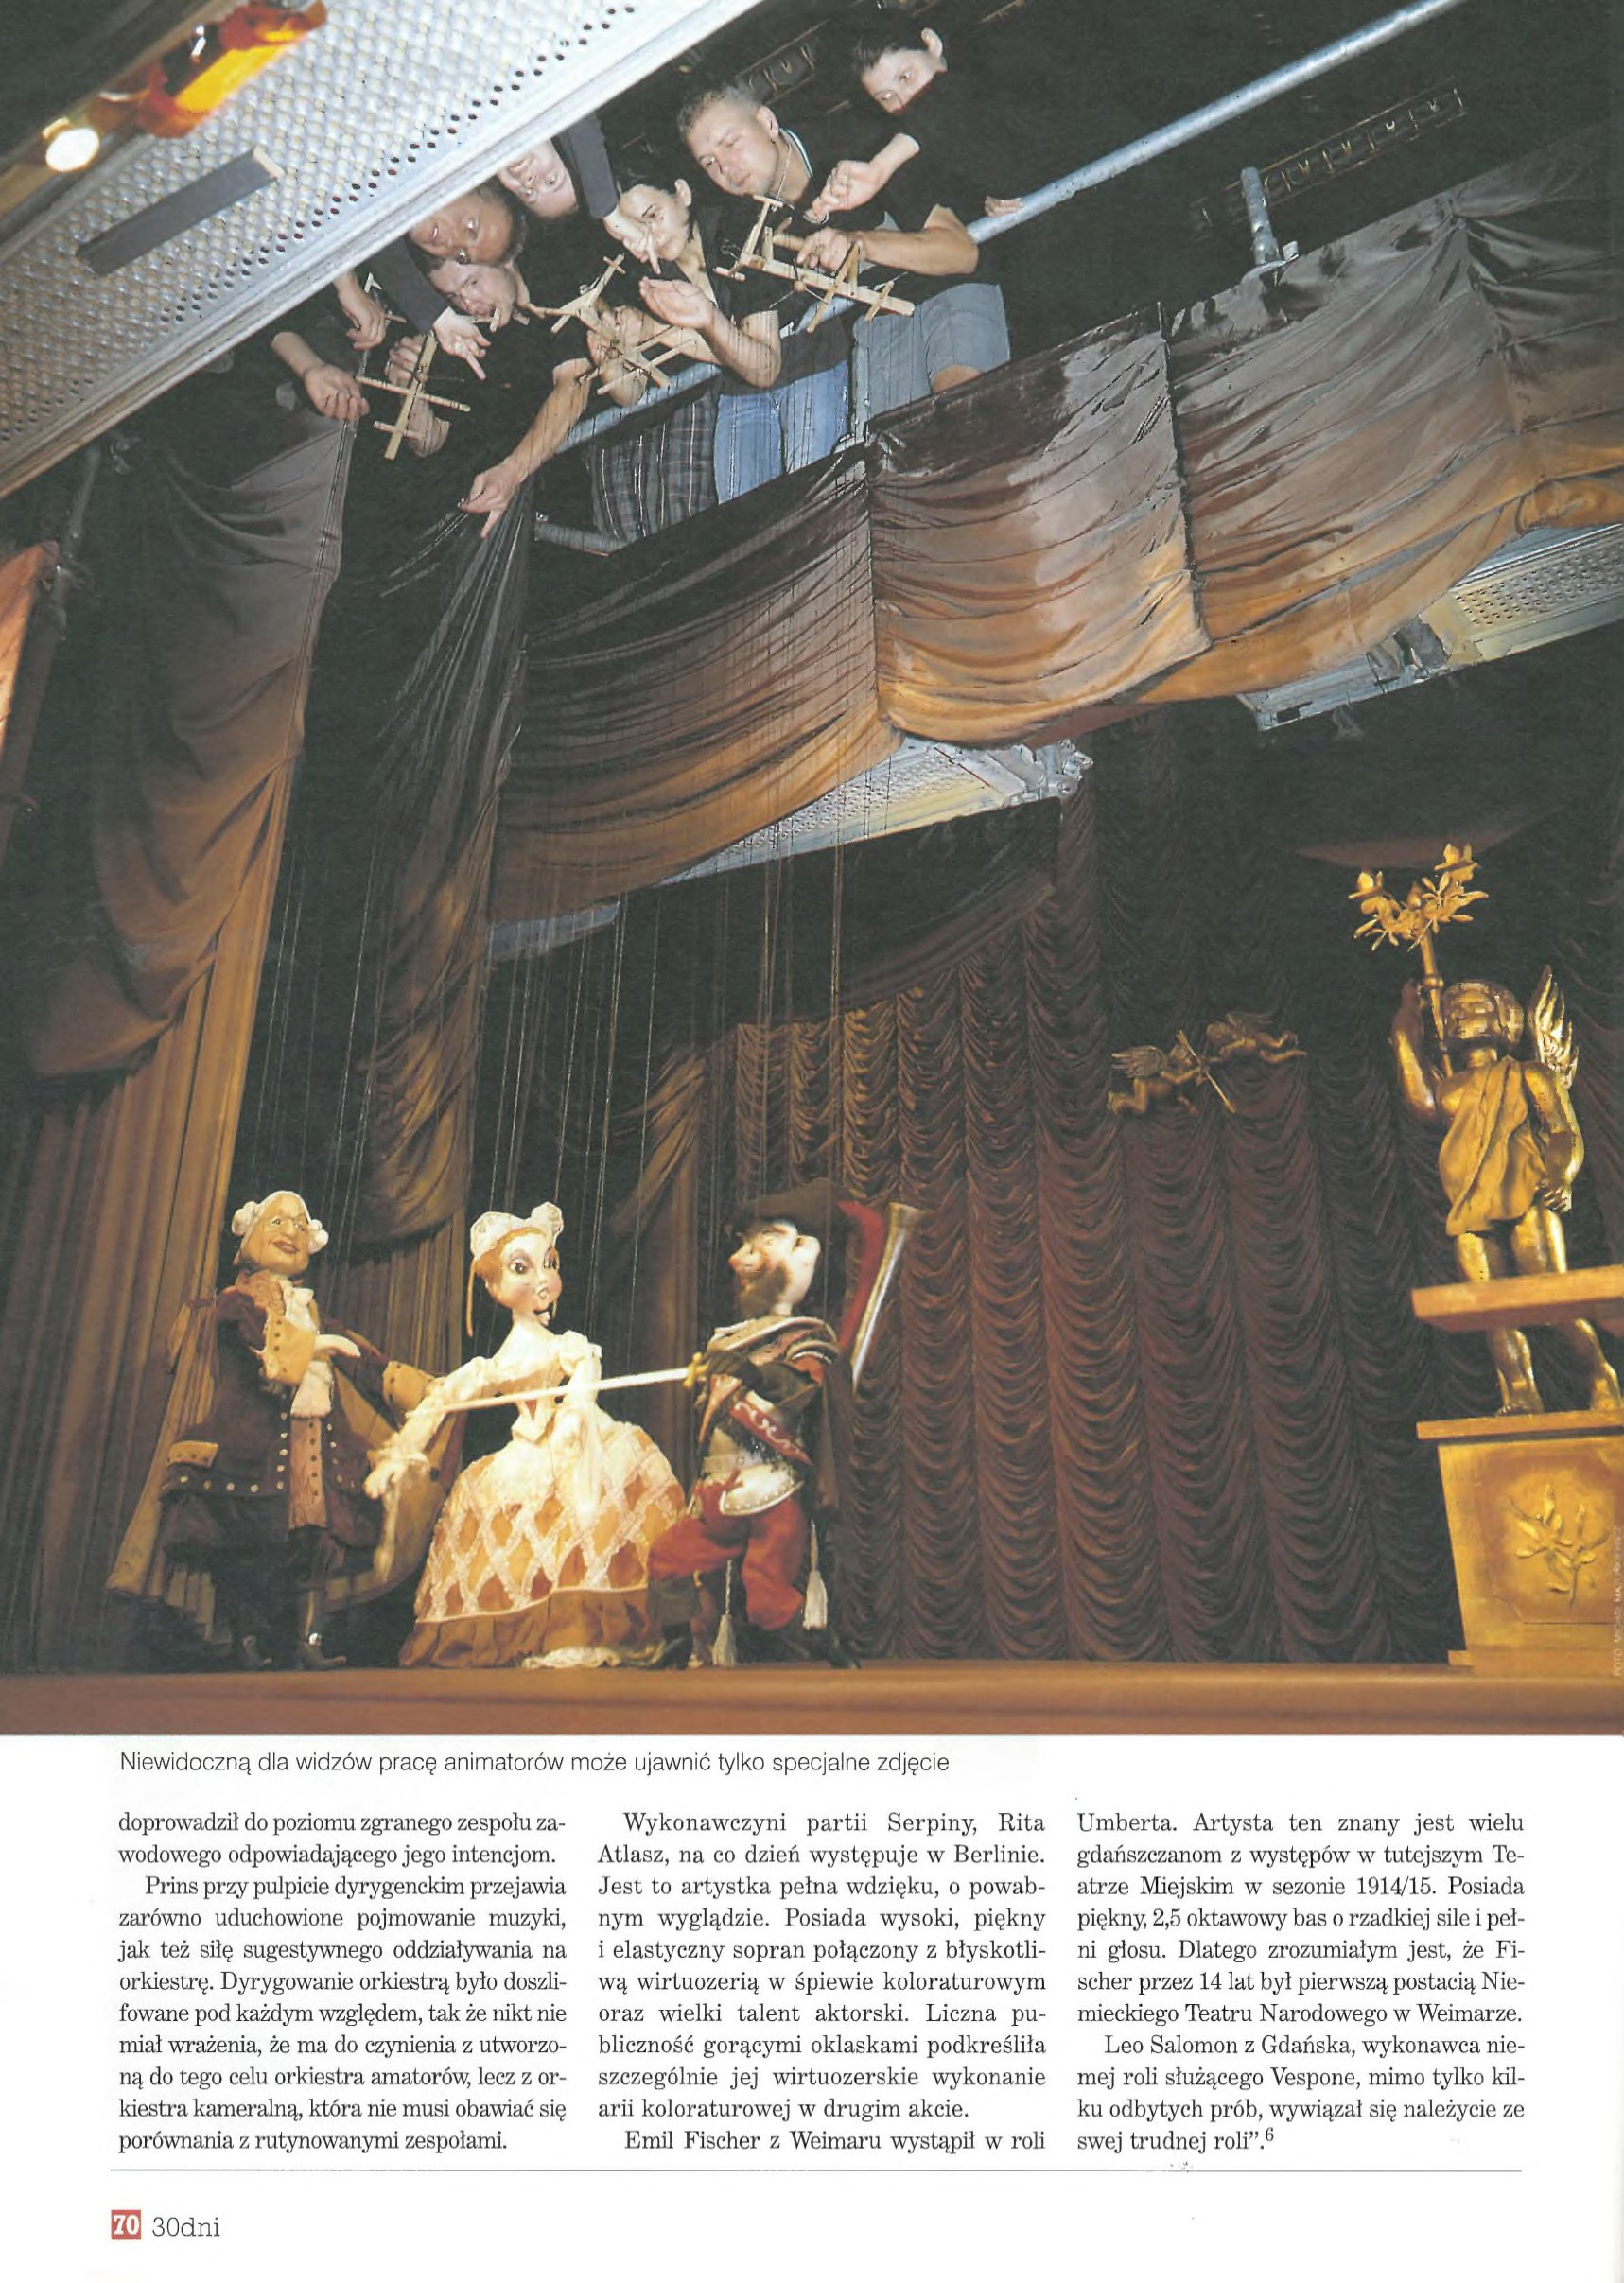
Language: pl